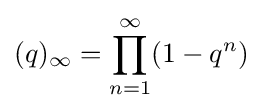
(q)_{\infty }=\prod _{n=1}^{\infty }(1-q^{n})